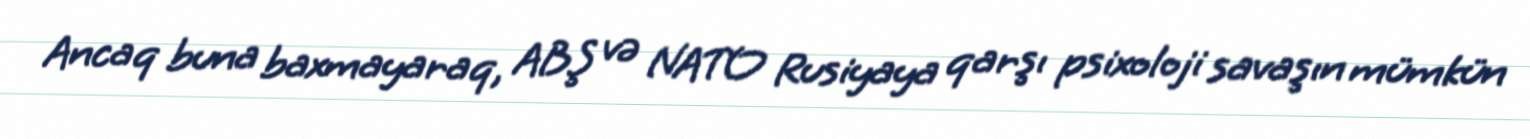
Ancaq buna baxmayaraq, ABŞ və NATO Rusiyaya qarşı psixoloji savaşın mümkün